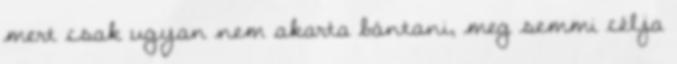
mert csak ugyan nem akarta bántani, meg semmi célja